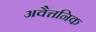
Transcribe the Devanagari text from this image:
अवैत्तनिक